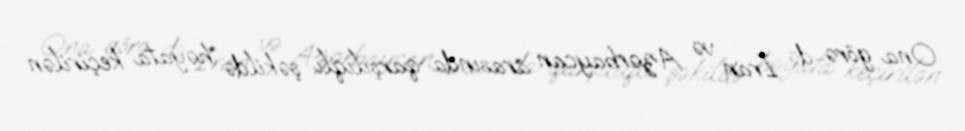
Ona görə də İran və Azərbaycan arasında qarşılıqlı şəkildə həyata keçirilən